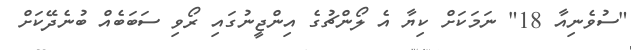
"ސުވެނިއާ 18" ނަމަކަށް ކިޔާ އެ ލޯންޗުގެ އިންޖީނުގައި ރޯވި ސަބަބެއް ބުނެދޭކަށް